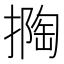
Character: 𱠯